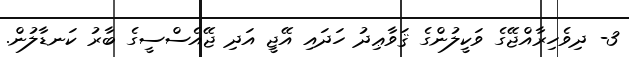
3- ދިވެހިރާއްޖޭގެ ވަކީލުންގެ ޤަވާޢިދު ހަދައި އޭޖީ އަދި ޖޭއެސްސީގެ ބާރު ކަނޑާލުން.